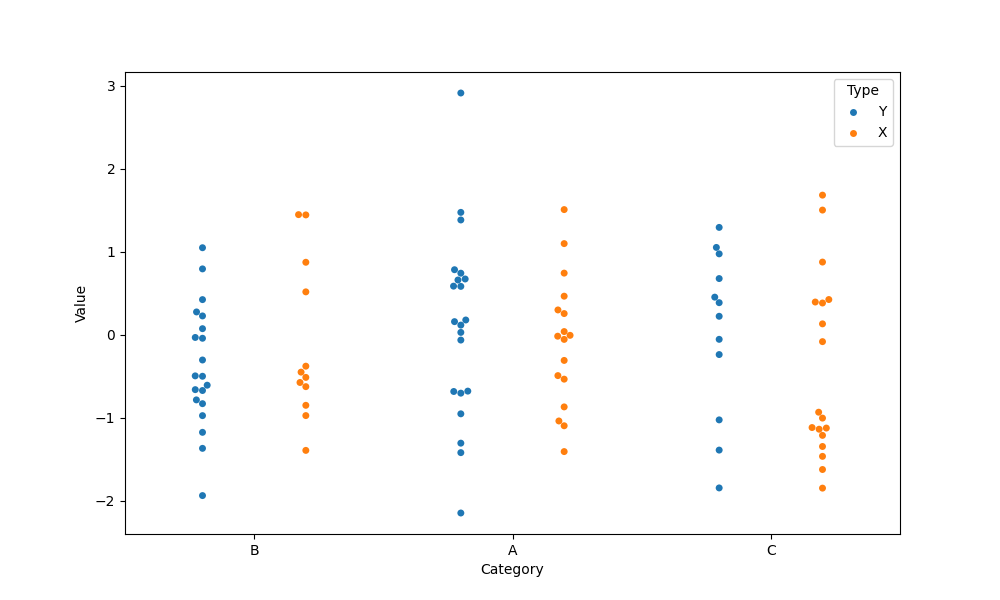
python, seaborn, swarmplot, dodge=True, alpha=1.0, size=5